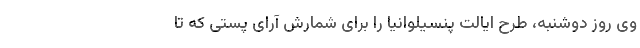
وی روز دوشنبه، طرح ایالت پنسیلوانیا را برای شمارش آرای پستی که تا